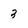
Character: 3